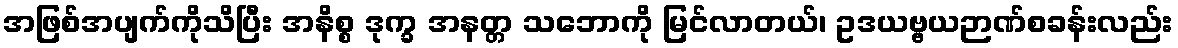
အဖြစ်အပျက်ကိုသိပြီး အနိစ္စ ဒုက္ခ အနတ္တ သဘောကို မြင်လာတယ်၊ ဥဒယဗ္ဗယဉာဏ်စခန်းလည်း